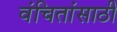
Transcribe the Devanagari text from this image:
वंचितांसाठी